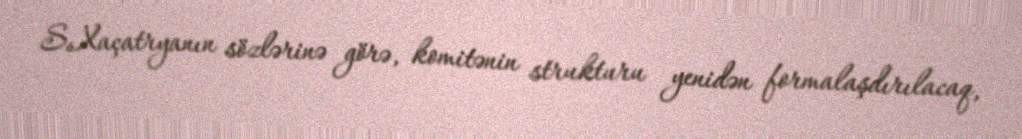
S.Xaçatryanın sözlərinə görə, komitənin strukturu yenidən formalaşdırılacaq,